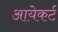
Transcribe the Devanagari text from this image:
आयेकर्ट